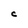
Character: C